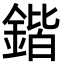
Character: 鍇